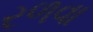
રળવા